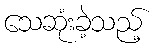
သေဆုံးခဲ့သည့်